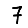
Digit: 7